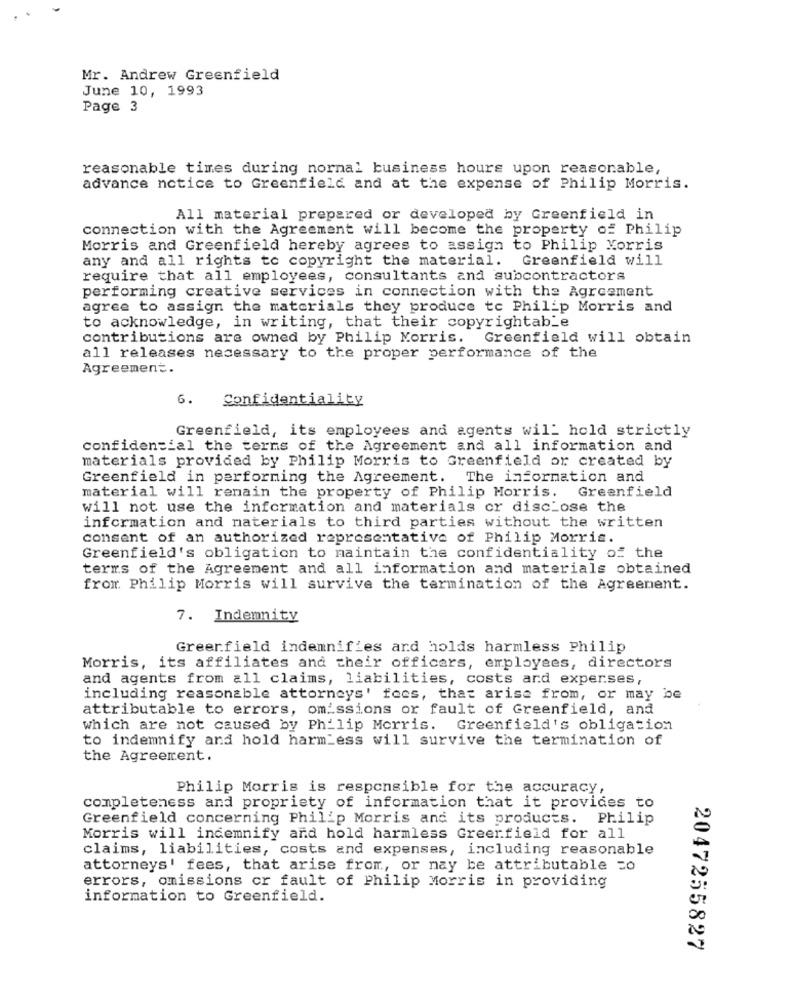
Mr. Andrew Greenfield
June 10, 1993
Page 3
reasonable times during normal business hours upon reasonable,
advance notice to Greenfield and at the expense of Philip Morris.
All material prepared or developed by Greenfield in
connection with the Agreement will become the property of Philip
Morris and Greenfield hereby agrees to assign to Philip Morris
any and all rights to copyright the material. Greenfield will
require that all employees, consultants and subcontractors
performing creative services in connection with the Agreement
agree to assign the materials they produce to Philip Morris and
to acknowledge, in writing, that their copyrightab_e
contributions are owned by Philip Morris. Greenfield will obtain
all releases necessary to the proper performance of the
Agreement.
6.
Confidentiality
Greenfield, its employees and agents will hold strictly
confidencial the terms of the Agreement and all information and
materials provided by Philip Morris to Greenfield or created by
Greenfield in performing the Agreement. The information and
Greenfield
material will remain the property of Philip Morris.
will not use the information and materials or disclose the
information and materials to third parties without the written
consent of an authorized representative of Philip Morris.
Greenfield's obligation to maintain the confidentiality of the
terms of the Agreement and all information and materials obtained
from Philip Morris will survive the termination of the Agreement.
7. Indemnity
Greenfield indemnifies and holds harmless Philip
Morris, its affiliates and their officers, employees, directors
and agents from all claims, liabilities, costs and experses,
including reasonable attorneys' fees, that arise from, or may be
attributable to errors, omissions or fault of Greenfield, and
which are not caused by Philip Morris. Greenfield's obligation
to indemnify and hold harmless will survive the termination of
the Agreement.
Philip Morris is responsible for the accuracy,
completeness and propriety of information that it provides to
Greenfield concerning Philip Morris and its products. Philip
Morris will indemnify and hold harmless Greenfield for all
claims, liabilities, costs and expenses, including reasonable
attorneys' fees, that arise from, or nay be attributable =0
errors, omissions cr fault of Philip Morris in providing
information to Greenfield.
2047255827